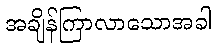
အချိန်ကြာလာသောအခါ